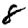
Digit: 8